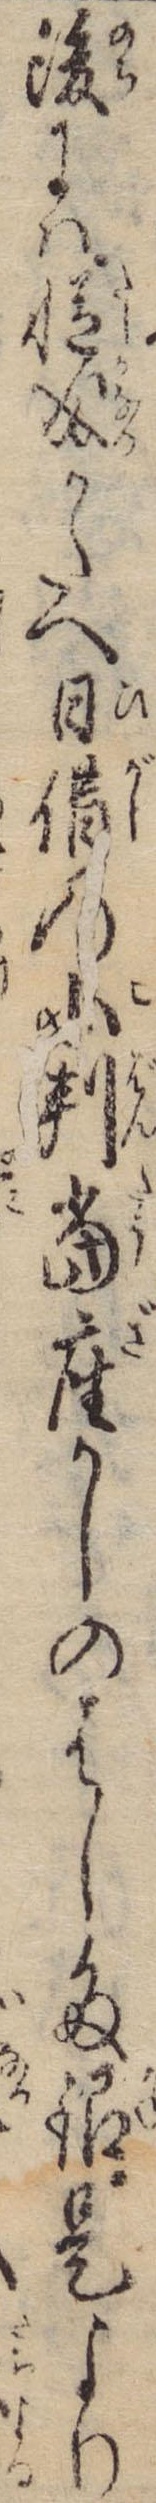
後には慥成かたへ日借の小判当座かしのはした銀是より